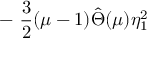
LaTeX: - ~ \frac { 3 } { 2 } ( \mu - 1 ) \hat { \Theta } ( \mu ) \eta _ { 1 } ^ { 2 }